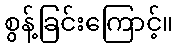
စွန့်ခြင်းကြောင့်။